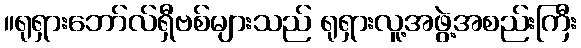
။ရုရှားဘော်လ်ရှီဗစ်များသည် ရုရှားလူ့အဖွဲ့အစည်းကြီး